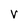
Character: V